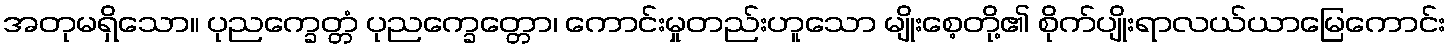
အတုမရှိသော။ ပုညက္ခေတ္တံ ပုညက္ခေတ္တော၊ ကောင်းမှုတည်းဟူသော မျိုးစေ့တို့၏ စိုက်ပျိုးရာလယ်ယာမြေကောင်း